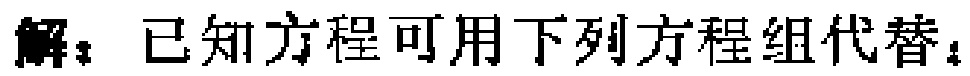
解：已知方程可用下列方程组代替：